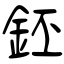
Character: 鉟